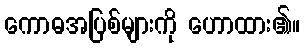
ကောဓအပြစ်များကို ဟောထား၏။